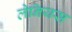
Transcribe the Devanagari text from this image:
लेनियस